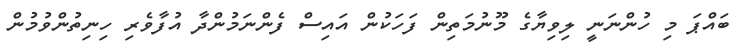
ބައްޕަ މި ހުންނަނީ ލިވިޔާގެ މޫނުމަތިން ފަހަކުން އައިސް ފެންނަމުންދާ އުފާވެރި ހިނިތުންވުމުން